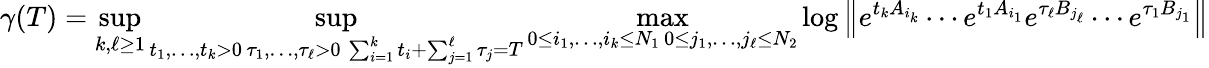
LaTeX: \gamma(T)=\operatorname*{sup}_{k,\ell\geq 1}\operatorname*{sup}_{\substack{t_{1},\ldots,t_{k}>0\, \tau_{1},\ldots,\tau_{\ell}>0\, \sum_{i=1}^{k}t_{i}+\sum_{j=1}^{\ell}\tau_{j}=T}}\operatorname*{max}_{\substack{0\leq i_{1},\ldots,i_{k}\leq N_{1}\, 0\leq j_{1},\ldots,j_{\ell}\leq N_{2}}}\log\left\| e^{t_{k}A_{i_{k}}}\cdots e^{t_{1}A_{i_{1}}}e^{\tau_{\ell}B_{j_{\ell}}}\cdots e^{\tau_{1}B_{j_{1}}}\right\|